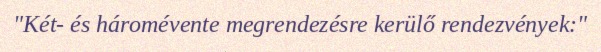
"Két- és háromévente megrendezésre kerülő rendezvények:"